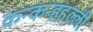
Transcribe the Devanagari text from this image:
कन्कन्हहल्ली